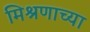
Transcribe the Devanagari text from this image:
मिश्रणाच्या